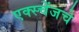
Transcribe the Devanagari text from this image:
एक्स्चेंजचे